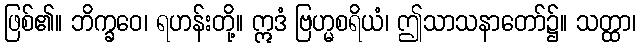
ဖြစ်၏။ ဘိက္ခဝေ၊ ရဟန်းတို့။ ဣဒံ ဗြဟ္မစရိယံ၊ ဤသာသနာတော်၌။ သတ္ထာ၊